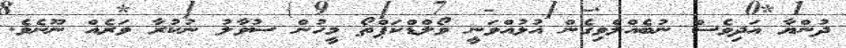
ދުންޔާ އަދިވެސް ނުބެއްލެވިގެން އުޅުއްވަނީ ވޯލްޑްކަޕްތޯ މީހުން ސުވާލު ނުކުރާ ވަރެއް ނޫނެވެ.